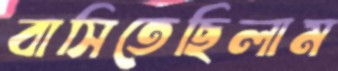
বাসিতেছিলাম